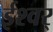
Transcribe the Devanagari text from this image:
ईश्वर्